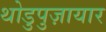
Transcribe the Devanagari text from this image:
थोडुपुज़ायार